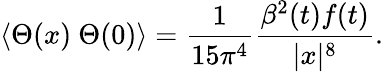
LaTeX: \langle\Theta(x)~\Theta(0)\rangle=\frac{1}{15\pi^{4}}\frac{\beta^{2}(t)f(t)}{|x|^{8}}.